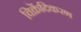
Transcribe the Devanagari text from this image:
विक्रेंदिकरण